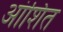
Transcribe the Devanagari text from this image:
आंशित